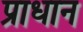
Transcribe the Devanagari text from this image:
प्राधान